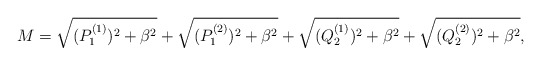
\begin{align*}M=\sqrt{(P^{(1)}_1)^2+\beta^2}+\sqrt{(P^{(2)}_1)^2 +\beta^2}+\sqrt{(Q^{(1)}_2)^2+\beta^2}+\sqrt{(Q^{(2)}_2)^2+\beta^2},\end{align*}